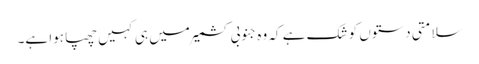
سلامتی دستوں کو شک ہے کہ وہ جنوبی کشمیر میں ہی کہیں چھپا ہوا ہے۔